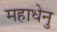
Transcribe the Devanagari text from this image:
महाधेनु